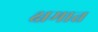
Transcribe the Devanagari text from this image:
क्षमात